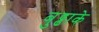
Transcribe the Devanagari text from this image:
बुढ्ढाके